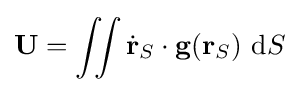
\mathbf {U} =\iint {\dot {\mathbf {r} }}_{S}\cdot \mathbf {g} (\mathbf {r} _{S})~\mathrm {d} S